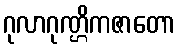
ဂုလာဂုဏ္ဌိကဇာတော